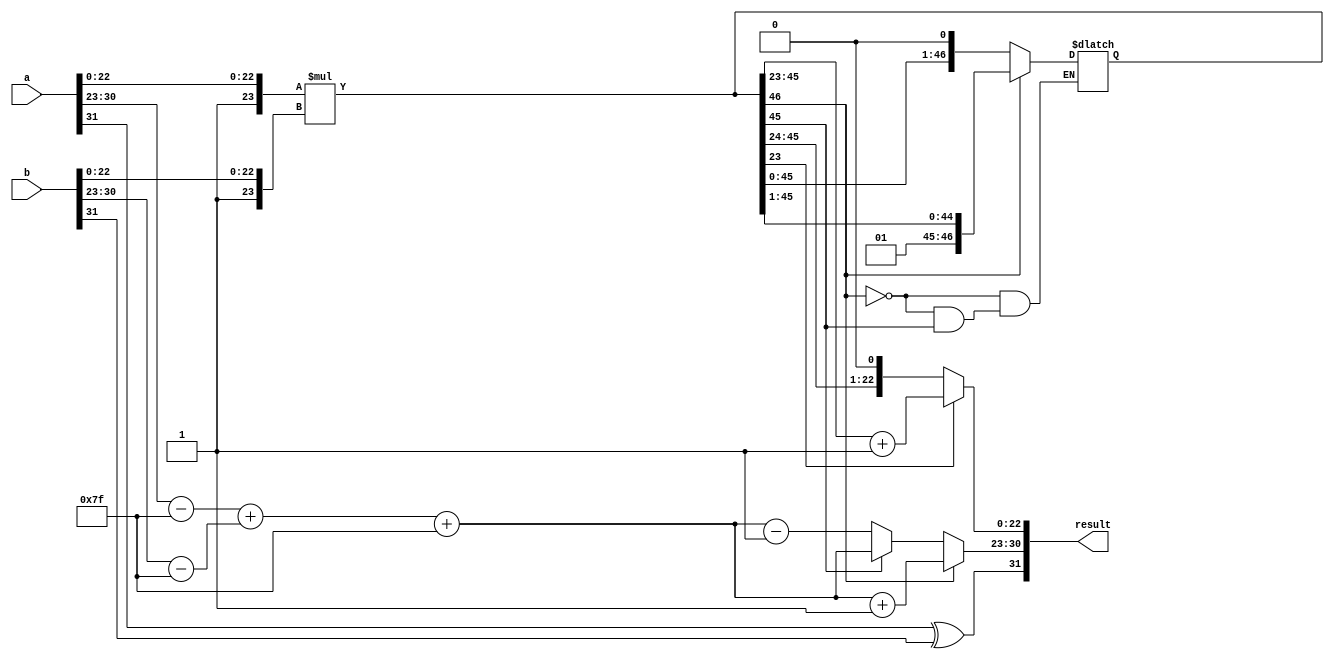
module floating_point_multiplier (
    input [31:0] a, // First floating-point number
    input [31:0] b, // Second floating-point number
    output reg [31:0] result // Resulting floating-point number
);

    // Extract sign, exponent, and significand
    wire sign_a = a[31];
    wire sign_b = b[31];
    wire [7:0] exp_a = a[30:23];
    wire [7:0] exp_b = b[30:23];
    wire [22:0] sig_a = a[22:0];
    wire [22:0] sig_b = b[22:0];

    // Adjust exponents by removing bias (127)
    wire signed [8:0] exp_a_adj = {1'b0, exp_a} - 9'd127;
    wire signed [8:0] exp_b_adj = {1'b0, exp_b} - 9'd127;

    // Calculate the sign of the result
    wire sign_result = sign_a ^ sign_b;

    // Prepare significands with implicit leading 1
    wire [23:0] sig_a_full = {1'b1, sig_a}; // 1.M_a
    wire [23:0] sig_b_full = {1'b1, sig_b}; // 1.M_b

    // Multiply significands
    wire [46:0] sig_product = sig_a_full * sig_b_full; // 24 * 24 = 48 bits

    // Calculate the exponent of the result
    reg signed [8:0] exp_result;

    // Normalization
    always @(*) begin
        if (sig_product[46]) begin // If product >= 2
            exp_result = exp_a_adj + exp_b_adj + 9'd127 + 1; // Increment exponent
            sig_product = sig_product >> 1; // Right shift
        end else if (sig_product[45]) begin
            exp_result = exp_a_adj + exp_b_adj + 9'd127; // No change
        end else begin // If product < 1
            exp_result = exp_a_adj + exp_b_adj + 9'd127 - 1; // Decrement exponent
            sig_product = sig_product << 1; // Left shift
        end
    end

    // Rounding
    reg [22:0] sig_result;
    always @(*) begin
        // Round to nearest even
        if (sig_product[23]) begin
            sig_result = sig_product[45:23] + 1; // Round up
        end else begin
            sig_result = sig_product[45:23]; // No rounding
        end
    end

    // Assemble the result
    always @(*) begin
        result[31] = sign_result; // Sign bit
        result[30:23] = exp_result[7:0]; // Exponent
        result[22:0] = sig_result[22:0]; // Significand
    end

endmodule